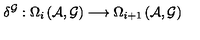
\delta ^ { \mathcal { G } } : \Omega _ { i } \left( \mathcal { A } , \mathcal { G } \right) \longrightarrow \Omega _ { i + 1 } \left( \mathcal { A } , \mathcal { G } \right)